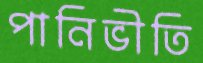
পানিভীতি